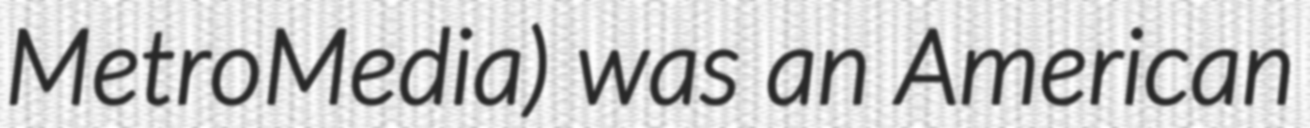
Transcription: MetroMedia) was an American